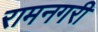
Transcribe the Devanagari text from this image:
रामनगरी